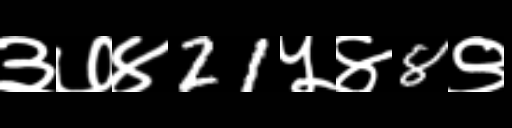
Text: ३७४21५४8९